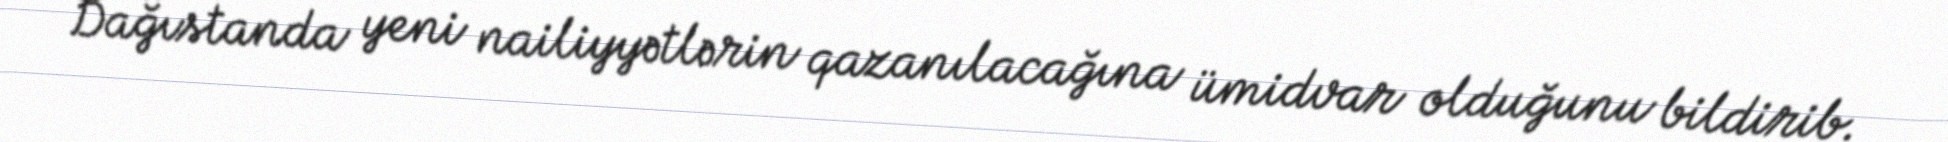
Dağıstanda yeni nailiyyətlərin qazanılacağına ümidvar olduğunu bildirib.